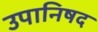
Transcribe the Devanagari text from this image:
उपानिषद